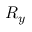
R _ { y }